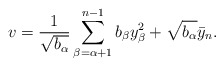
\begin{align*}v = \frac{1}{\sqrt{b_\alpha}} \sum_{\beta=\alpha+1}^{n-1} b_\beta y_\beta^2 + \sqrt{b_\alpha} \bar{y}_n.\end{align*}